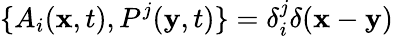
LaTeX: \{ A_{i}({\mathbf x},t),P^{j}({\mathbf y},t)\} =\delta_{i}^{j}\delta({\mathbf x}-{\mathbf y})